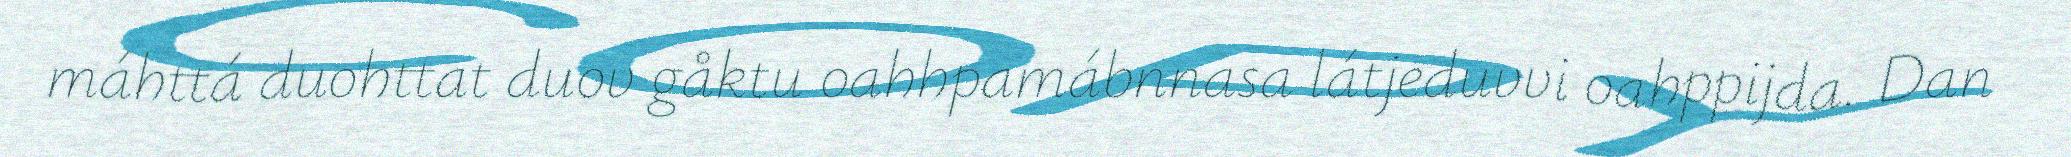
máhttá duohttat duov gåktu oahhpamábnnasa látjeduvvi oahppijda. Dan